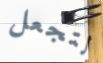
لتجعل